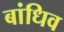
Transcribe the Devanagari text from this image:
बांधिव